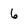
Character: 6